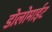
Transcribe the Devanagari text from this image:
डोलोमाईट